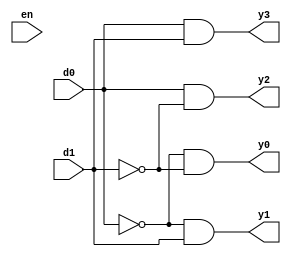
`timescale 1ns / 1ps
//////////////////////////////////////////////////////////////////////////////////
// Company: 
// Engineer: 
// 
// Design Name: 
// Module Name: decoder_24
// Project Name: 
// Target Devices: 
// Tool Versions: 
// Description: 
// 
// Dependencies: 
// 
// Revision:
// Revision 0.01 - File Created
// Additional Comments:
// 
//////////////////////////////////////////////////////////////////////////////////


module decoder_24(y0,y1,y2,y3,d0,d1,en);
output y0,y1,y2,y3;
input d0,d1;
wire d0bar,d1bar;
input en;
and (y0,d0bar,d1bar),(y1,d0bar,d1),(y2,d0,d1bar),(y3,d0,d1);
not (d0bar,d0),(d1bar,d1);
endmodule